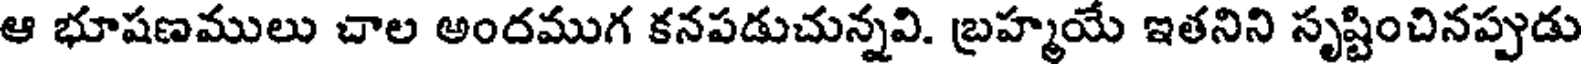
ఆ భూషణములు చాల అందముగ కనపడుచున్నవి. బ్రహ్మయే ఇతనిని సృష్టించినప్పుడు